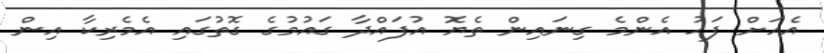
އެއަށް ފަހު އެންމެ ގިނައިން ތެޔޮ އުފައްދާ ގައުމުގެ ގޮތުގައި އެމެރިކާ އިން